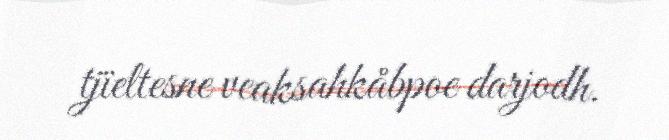
tjïeltesne veaksahkåbpoe darjodh.